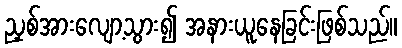
ညှစ်အားလျော့သွား၍ အနားယူနေခြင်းဖြစ်သည်။